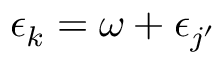
\epsilon _ { k } = \omega + \epsilon _ { j ^ { \prime } }